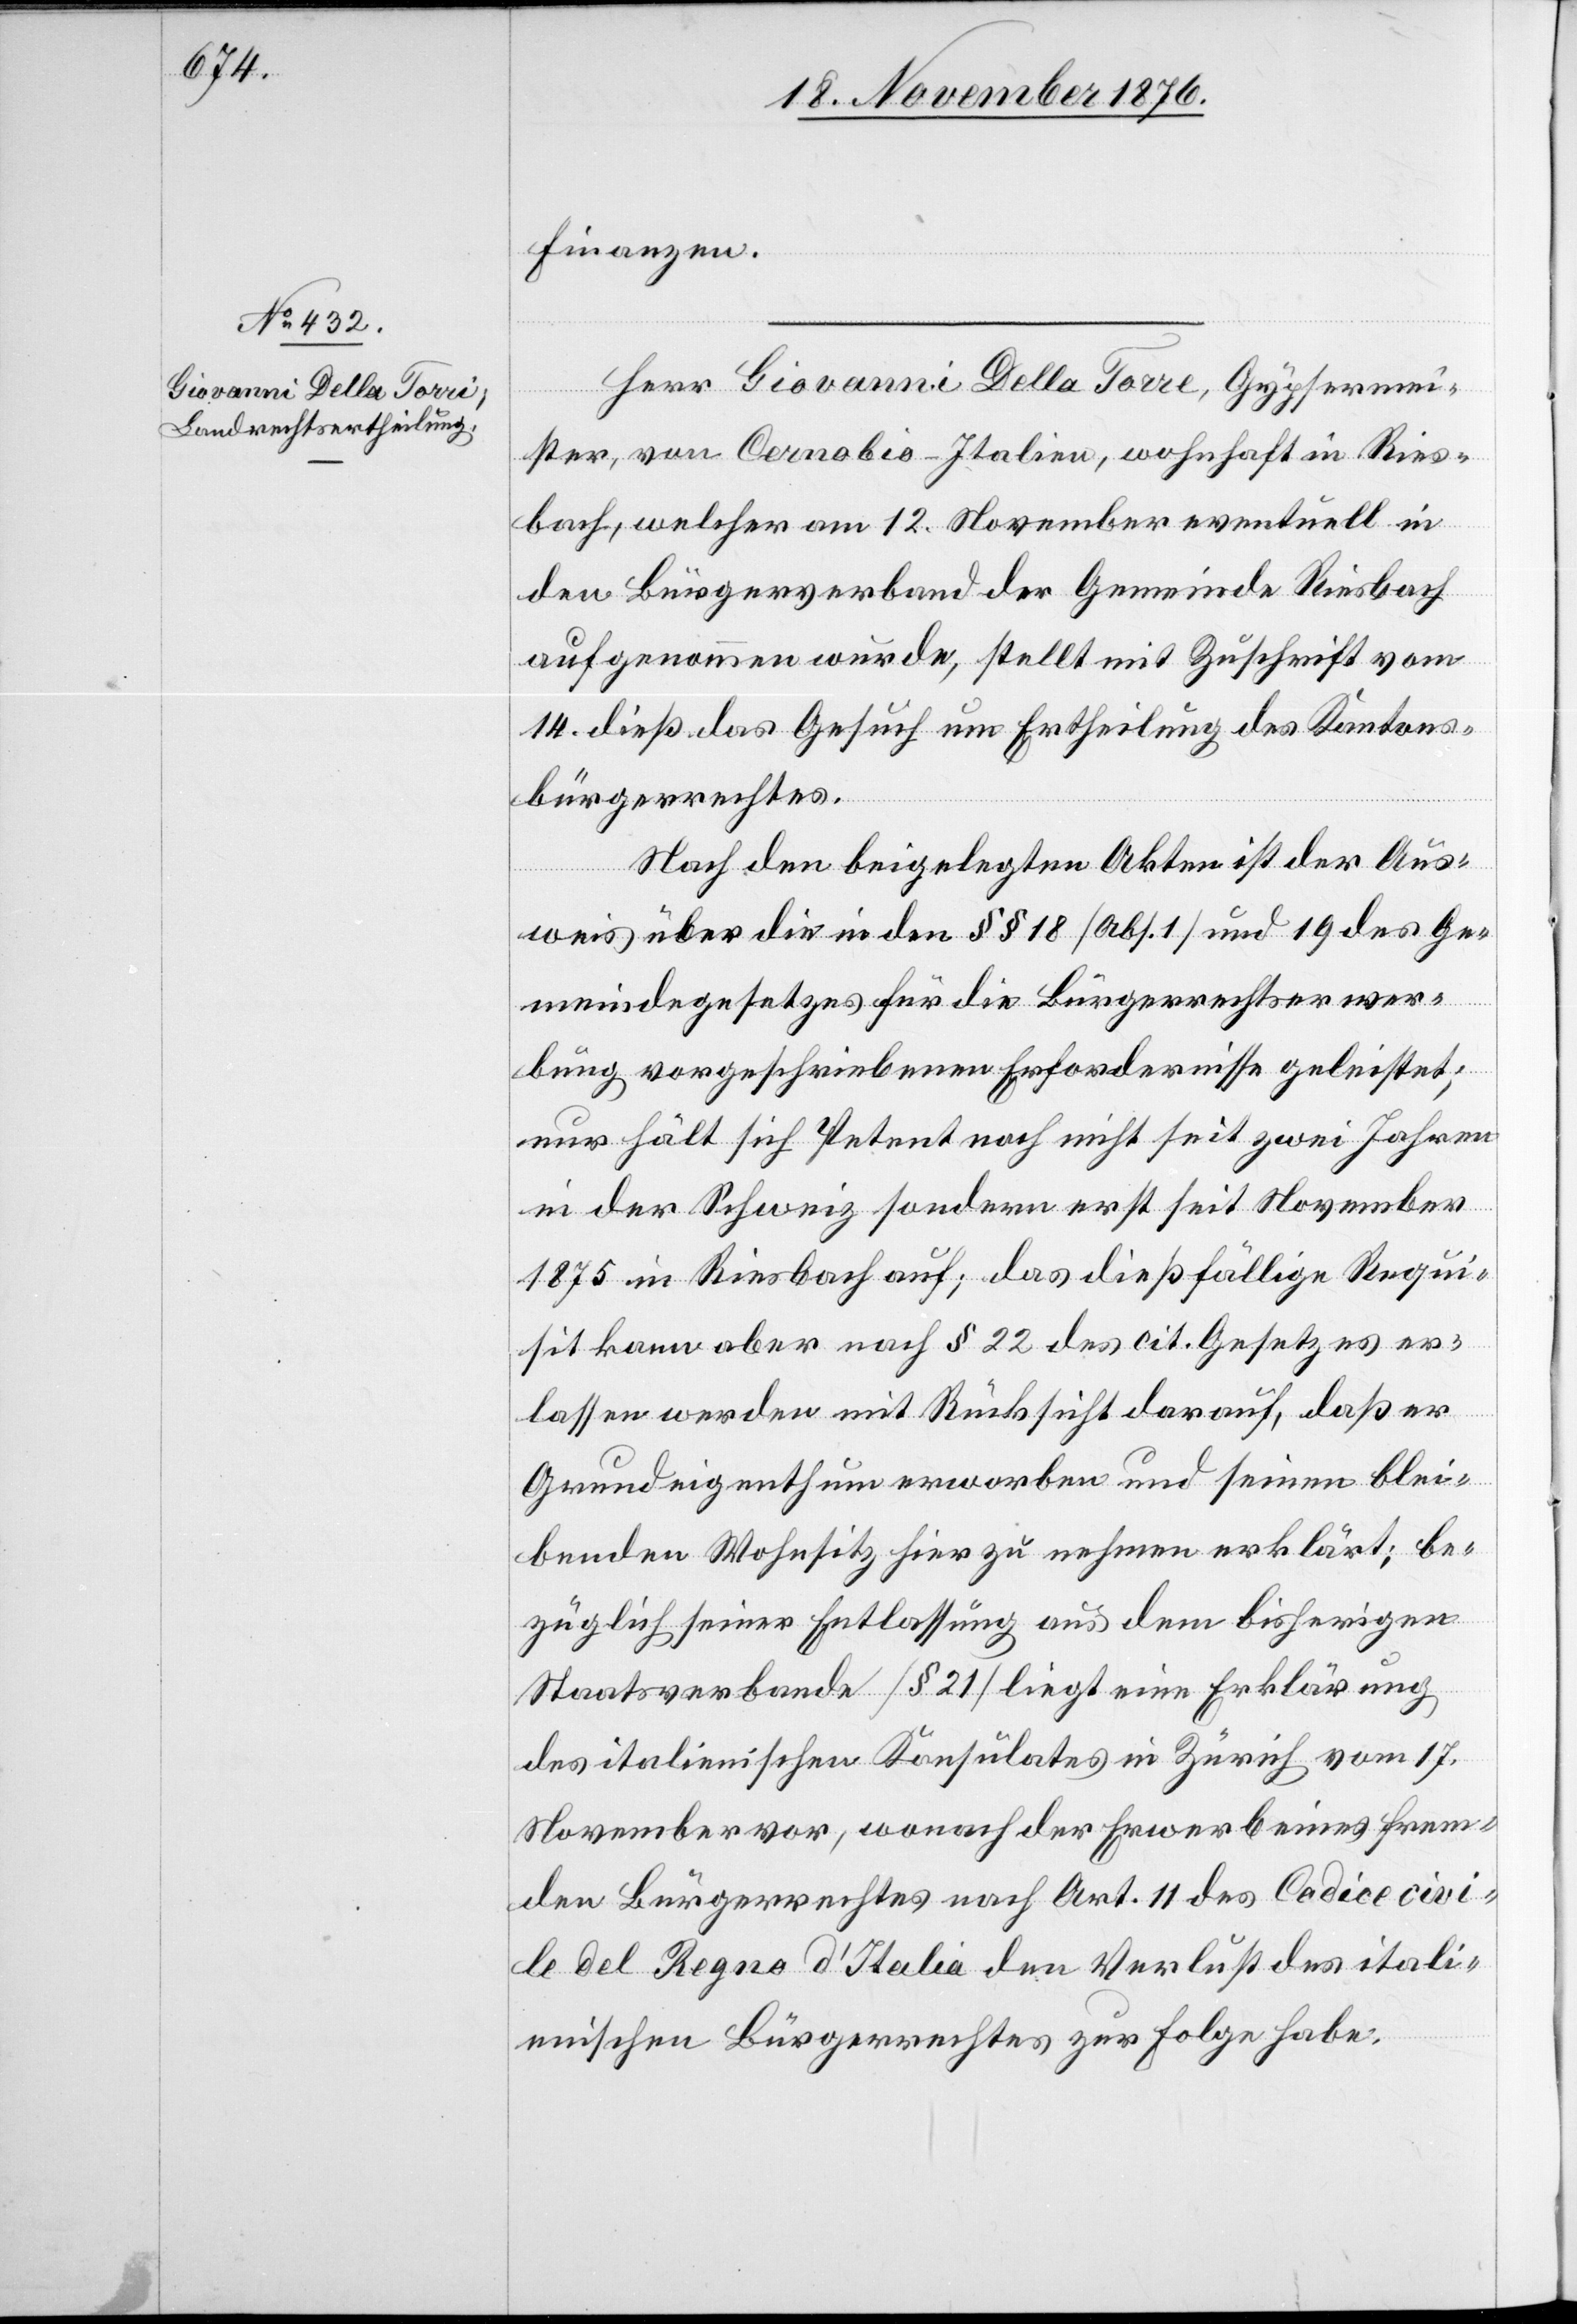
Finanzen.